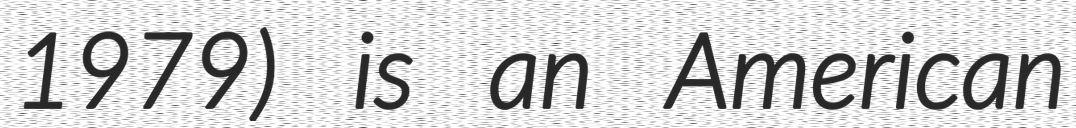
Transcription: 1979) is an American